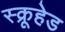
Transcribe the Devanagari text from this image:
स्क्रूहेड